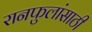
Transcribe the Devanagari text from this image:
रानफुलांसाठी